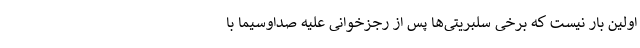
اولین بار نیست که برخی سلبریتی‌ها پس از رجزخوانی علیه صداوسیما با